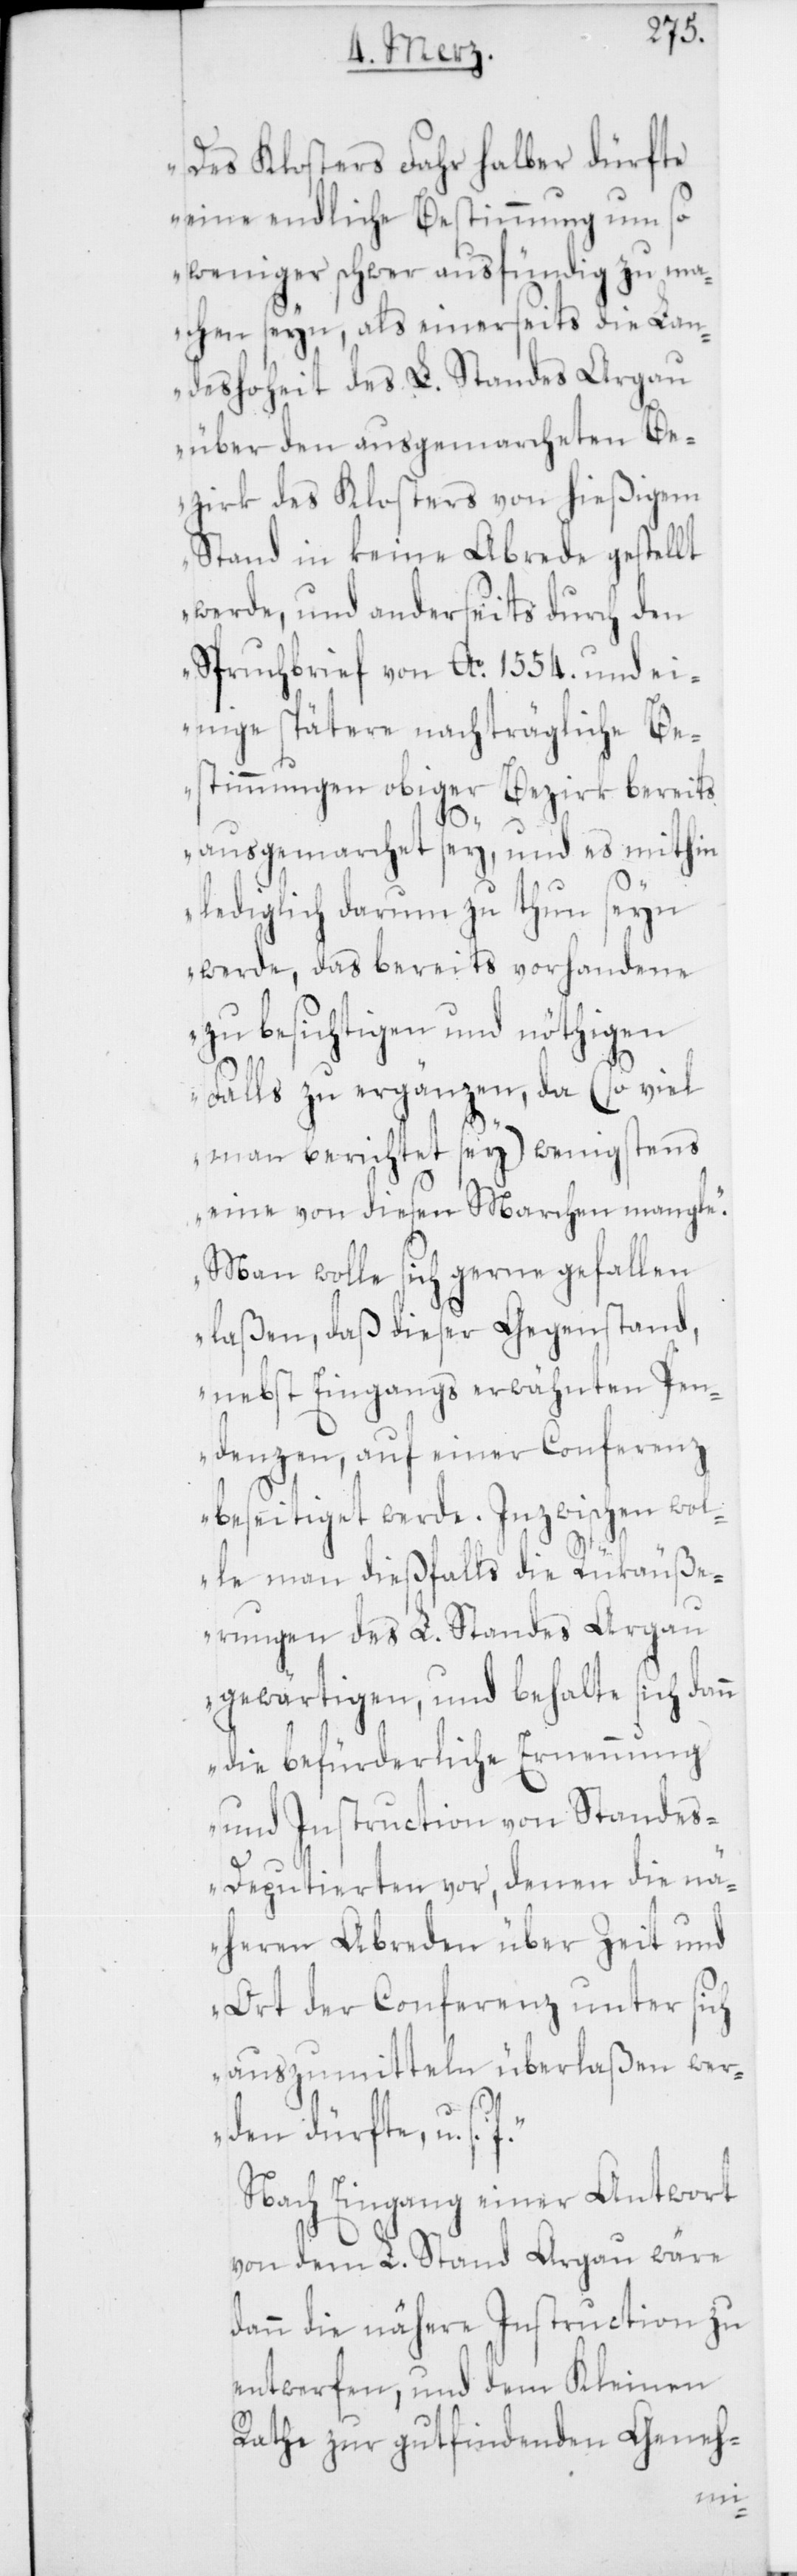
Des Klosters Fahr halber dürfte
eine endliche Bestimmung um so
weniger schwer ausfündig zu ma¬
chen seyn, als einerseits die Lan¬
deshoheit des L. Standes Argau
über den ausgemarcheten Be¬
zirk des Klosters von hießigem
Stand in keine Abrede gestellt
werde, und anderseits durch den
Spruchbrief von Ao 1554. und ei¬
nige spätere nachträgliche Be¬
stimmungen obiger Bezirk bereits
ausgemarchet sey, und es mithin
lediglich darum zu thun seyn
werde, das bereits vorhandene
zu besichtigen und nöthigen
Falls zu ergänzen, da (so viel
man berichtet sey) wenigstens
eine von diesen Marchen mangle.
Man wolle sich gerne gefallen
laßen, daß dieser Gegenstand,
nebst eingangs erwähnten Pen¬
denzen, auf einer Conferenz
beseitiget werde. Inzwischen wol¬
le man dießfalls die Rükäuße¬
rungen des L. Standes Argau
gewärtigen, und behalte sich dann
die befürderliche Ernennung
und Instruction von Standes¬
deputierten vor, denen die nä¬
heren Abreden über Zeit und
Ort der Conferenz unter sich
auszumitteln überlaßen wer¬
den dürfte, u. s.
Nach Eingang einer Antwort
von dem L. Stand Argau wäre
dann die nähere Instruction zu
entwerfen, und dem Kleinen
Rathe zur gut findenden Geneh-